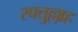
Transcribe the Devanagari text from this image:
रफ्तुल्लाह